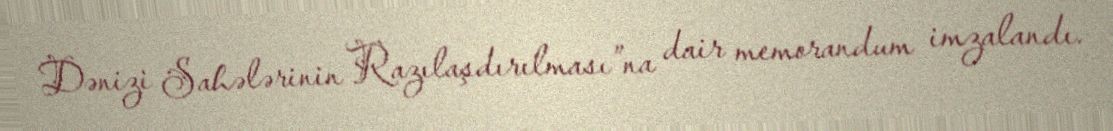
Dənizi Sahələrinin Razılaşdırılması”na dair memorandum imzalandı.